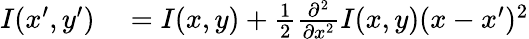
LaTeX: \begin{array}{rl}{I(x^{\prime},y^{\prime})}&{{}=I(x,y)+\frac{1}{2}\frac{\partial^{2}}{\partial x^{2}}I(x,y)(x-x^{\prime})^{2}}\end{array}